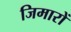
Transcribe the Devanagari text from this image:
जिमारों